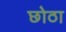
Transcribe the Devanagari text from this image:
छोठा